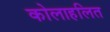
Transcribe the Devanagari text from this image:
कोलाहलित